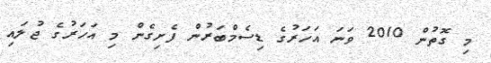
މި ގޮތުން 2010 ވަނަ އަހަރުގެ ޑިސެމްބަރުން ފެށިގެން މި އަހަރުގެ ޖުލައި